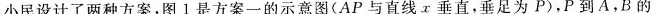
小民设计了两种方案，图1是方案一的示意图(AP与直线x垂直，垂足为P)，P到A，B的